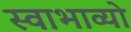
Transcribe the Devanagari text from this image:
स्वाभाव्यो